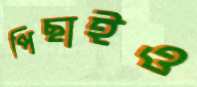
পিছাইও